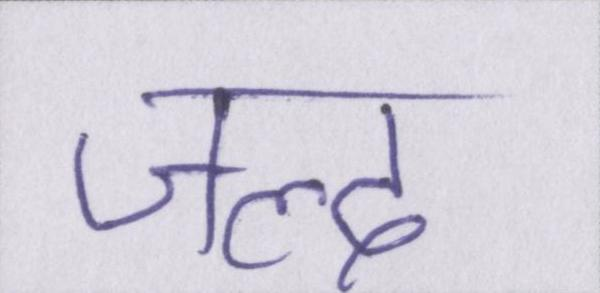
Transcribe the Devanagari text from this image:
जल्द